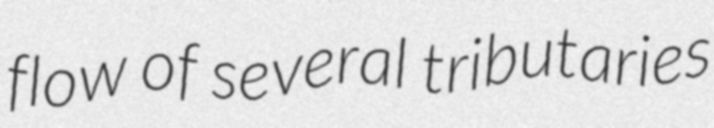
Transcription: flow of several tributaries